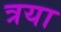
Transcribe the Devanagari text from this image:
त्रया